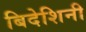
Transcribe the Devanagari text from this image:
बिदेशिनी